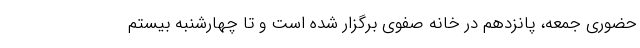
حضوری جمعه، پانزدهم در خانه صفوی برگزار شده است و تا چهارشنبه بیستم